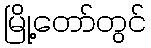
မြို့တော်တွင်